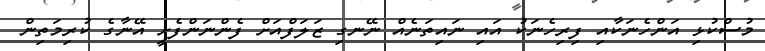
މުސްކުޅި އަންހެނަކާއި ފިރިހެނަކު އައި ނައިތަނެއް ނޭނގި ޒަލަފްއަށް ފެންނަންފެށީ އޭނާގެ ކުރިމަތިން